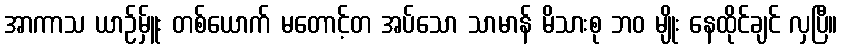
အာကာသ ယာဉ်မ်ှူး တစ်ယောက် မတောင့်တ အပ်သော သာမာန် မိသားစု ဘဝ မျိုး နေထိုင်ချင် လှပြီ။